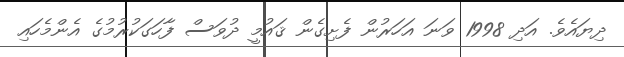
ދިޔައެވެ. އަދި 1998 ވަނަ އަހަރުން ފެށިގެން ޤައުމީ ދުވަސް ފާހަގަކުރުމުގެ އެންމެހައި